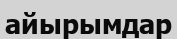
айырымдар